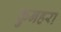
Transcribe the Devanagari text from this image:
कुनहरा